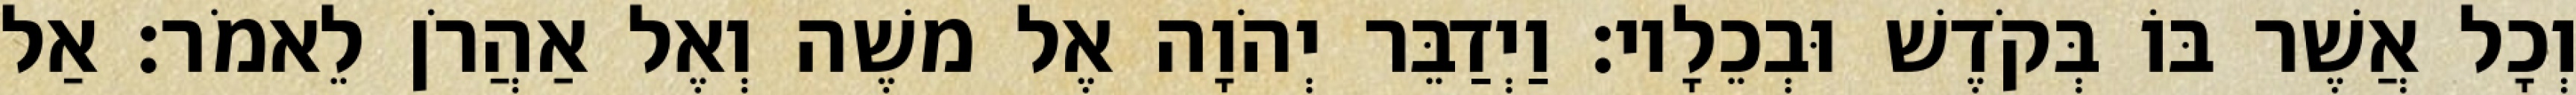
וְכָל אֲשֶׁר בּוֹ בְּקֹדֶשׁ וּבְכֵלָיו׃ וַיְדַבֵּר יְהֹוָה אֶל משֶׁה וְאֶל אַהֲרֹן לֵאמֹר׃ אַל